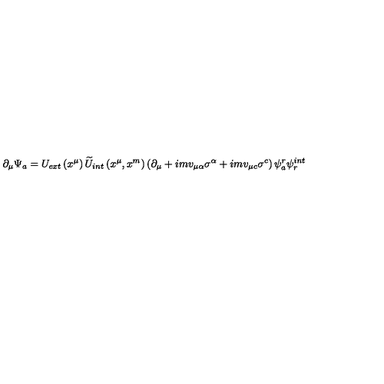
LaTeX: \partial _ { \mu } \Psi _ { a } = U _ { e x t } \left( x ^ { \mu } \right) \widetilde { U } _ { i n t } \left( x ^ { \mu } , x ^ { m } \right) \left( \partial _ { \mu } + i m v _ { \mu \alpha } \sigma ^ { \alpha } + i m v _ { \mu c } \sigma ^ { c } \right) \psi _ { a } ^ { r } \psi _ { r } ^ { i n t }